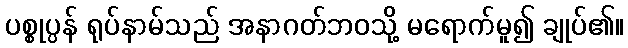
ပစ္စုပ္ပန် ရုပ်နာမ်သည် အနာဂတ်ဘဝသို့ မရောက်မူ၍ ချုပ်၏။